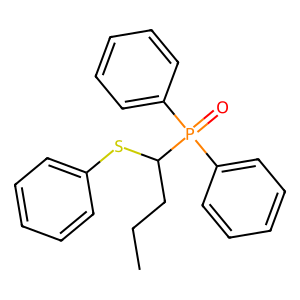
SMILES: CCCC(Sc1ccccc1)P(=O)(c1ccccc1)c1ccccc1
Inhibits HIV replication: No